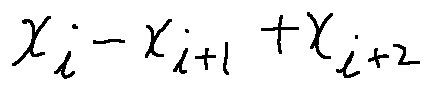
x _ { i } - x _ { i + 1 } + x _ { i + 2 }